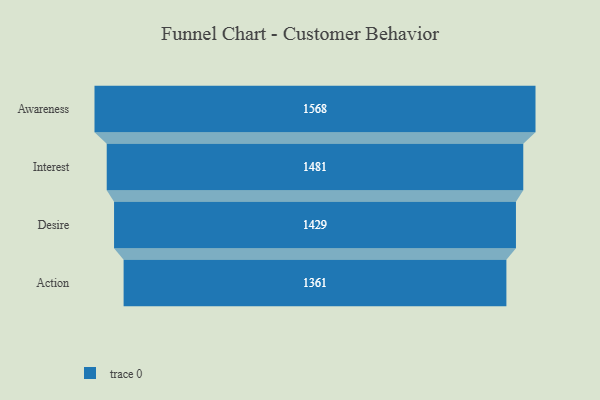
{"axis": {"x": "Stage", "y": "Value"}, "legend": [""], "data": [{"x": "Awareness", "y": 1568.0, "type": ""}, {"x": "Interest", "y": 1481.0, "type": ""}, {"x": "Desire", "y": 1429.0, "type": ""}, {"x": "Action", "y": 1361.0, "type": ""}]}